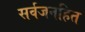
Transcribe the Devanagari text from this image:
सर्वजनहित